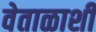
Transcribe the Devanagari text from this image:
वेताळाशी